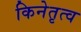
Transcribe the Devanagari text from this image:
किनेतृत्व